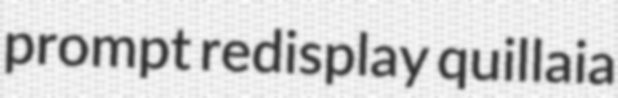
prompt redisplay quillaia